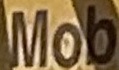
Mob